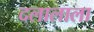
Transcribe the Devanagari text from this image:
दलालाला